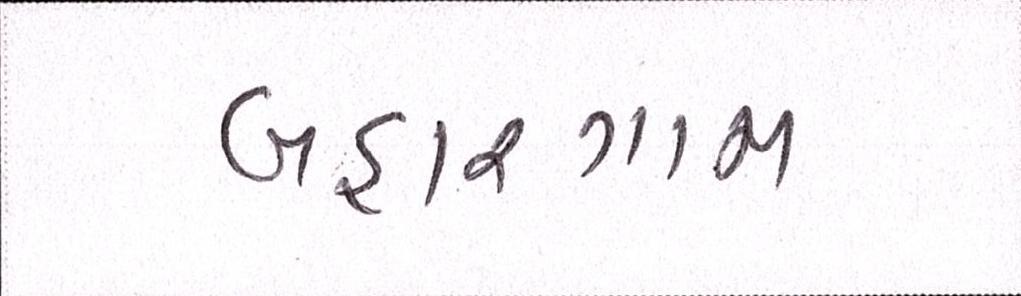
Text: બહારગામ